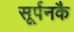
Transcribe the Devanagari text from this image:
सूर्पनकै